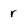
Character: r